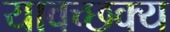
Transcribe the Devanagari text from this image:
यावच्छक्य